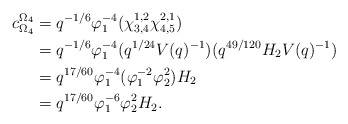
\begin{align*} c_{\Omega_4}^{\Omega_4} &= q^{-1/6}\varphi_1^{-4}(\chi_{3,4}^{1,2}\chi_{4,5}^{2,1})\\ &= q^{-1/6}\varphi_1^{-4}(q^{1/24}V(q)^{-1})(q^{49/120}H_2V(q)^{-1})\\ &= q^{17/60}\varphi_1^{-4}(\varphi_1^{-2}\varphi_2^2)H_2\\ &= q^{17/60}\varphi_1^{-6}\varphi_2^2H_2.\end{align*}